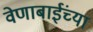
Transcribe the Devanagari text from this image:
वेणाबाईंच्या